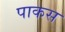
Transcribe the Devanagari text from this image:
पाकस